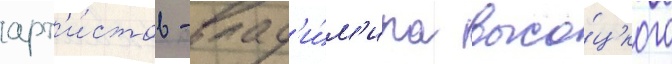
арт'и́стов - влад'и́м'ира высо́цкого